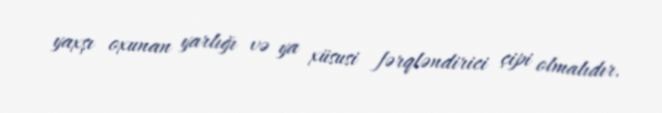
yaxşı oxunan yarlığı və ya xüsusi fərqləndirici çipi olmalıdır.